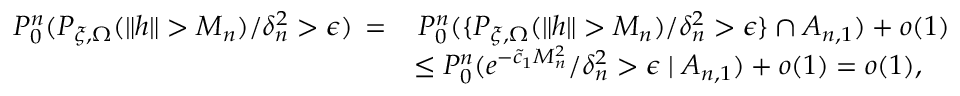
\begin{array} { r } { \begin{array} { r l } { \quad P _ { 0 } ^ { n } ( P _ { \xi , \Omega } ( \| h \| > M _ { n } ) / \delta _ { n } ^ { 2 } > \epsilon ) \, = } & { \, P _ { 0 } ^ { n } ( \{ P _ { \xi , \Omega } ( \| h \| > M _ { n } ) / \delta _ { n } ^ { 2 } > \epsilon \} \cap A _ { n , 1 } ) + o ( 1 ) } \\ & { \leq P _ { 0 } ^ { n } ( e ^ { - \tilde { c } _ { 1 } M _ { n } ^ { 2 } } / \delta _ { n } ^ { 2 } > \epsilon \mid A _ { n , 1 } ) + o ( 1 ) = o ( 1 ) , } \end{array} } \end{array}